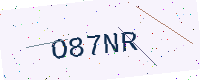
Text: O87NR